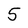
Character: 5